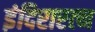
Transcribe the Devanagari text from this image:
इंदिरारत्‍न